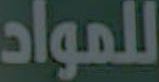
للمواد